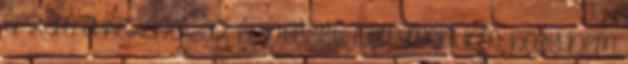
érzem a kezének az érintését. Nem mondom, hogy nem